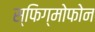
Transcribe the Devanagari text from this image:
स्फिग्मोफोन